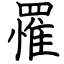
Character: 罹